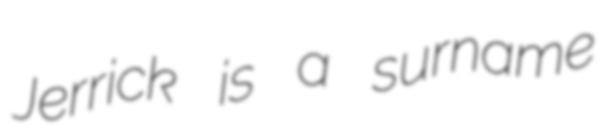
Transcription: Jerrick is a surname